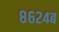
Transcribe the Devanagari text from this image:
८६२४ब